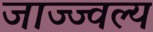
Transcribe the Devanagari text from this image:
जाज्ज्वल्य